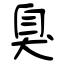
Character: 臭